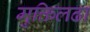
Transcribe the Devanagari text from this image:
मुक्तिलढा